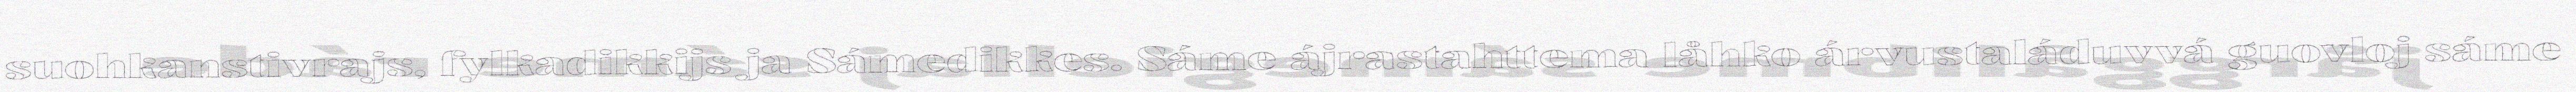
suohkanstivrajs, fylkadikkijs ja Sámedikkes. Sáme ájrastahttema låhko árvustaláduvvá guovloj sáme